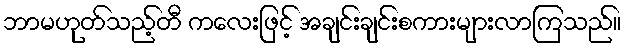
ဘာမဟုတ်သည့်တီ ကလေးဖြင့် အချင်းချင်းစကားများလာကြသည်။